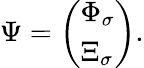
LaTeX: \Psi=\left(\begin{array}{l}{{\Phi_{\sigma}}}\\ {{\Xi_{\sigma}}}\end{array}\right).